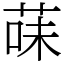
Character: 菋